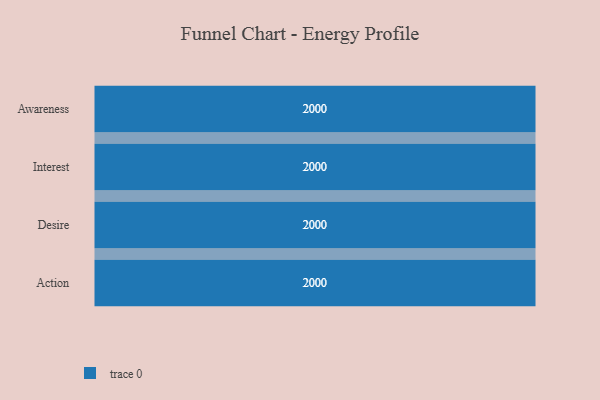
{"axis": {"x": "Stage", "y": "Value"}, "legend": [""], "data": [{"x": "Awareness", "y": 2000, "type": ""}, {"x": "Interest", "y": 2000, "type": ""}, {"x": "Desire", "y": 2000, "type": ""}, {"x": "Action", "y": 2000, "type": ""}]}